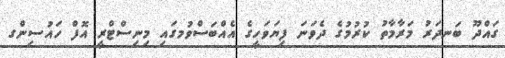
ގައްދޫ ބަނދަރު މަރާމާތު ކުރުމުގެ ދެވަނަ ފިޔަވަހީގެ އެއްބަސްވުމގައި މިނިސްޓްރީ އޮފް ހައުސިންގ